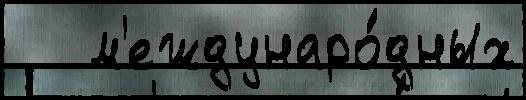
   м'еждунаро́дных